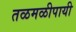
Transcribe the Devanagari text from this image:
तळमळीपायी